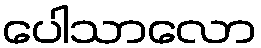
ပေါသာလော